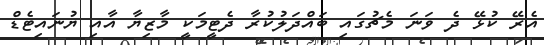
އެރޭ ކުޅޭ ދެ ވަނަ މެޗުގައި ބައްދަލުކުރާ ދެޓީމަކީ މާޒިޔާ އާއި ޔުނައިޓެޑް